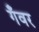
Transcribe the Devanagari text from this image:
गँवर